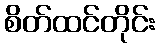
စိတ်ထင်တိုင်း